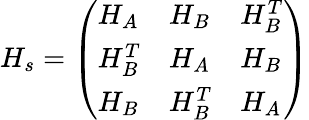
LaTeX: H_{s}=\left(\begin{array}{lll}{H_{A}}&{H_{B}}&{H_{B}^{T}}\\ {H_{B}^{T}}&{H_{A}}&{H_{B}}\\ {H_{B}}&{H_{B}^{T}}&{H_{A}}\end{array}\right)